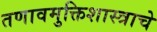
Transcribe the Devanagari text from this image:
तणावमुक्तिशास्त्राचे